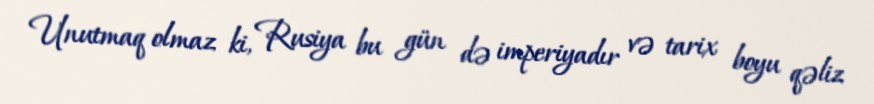
Unutmaq olmaz ki, Rusiya bu gün də imperiyadır və tarix boyu qəliz